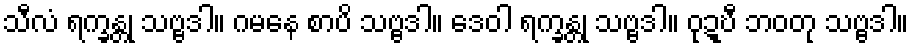
သီလံ ရက္ခန္တု သဗ္ဗဒါ။ ဂမနေ စာပိ သဗ္ဗဒါ။ ဒေဝါ ရက္ခန္တု သဗ္ဗဒါ။ ဝုဍ္ဎီ ဘဝတု သဗ္ဗဒါ။